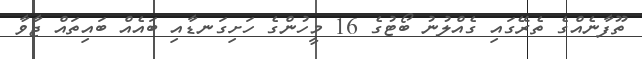
ތޫފާނެއްގެ ތެރޭގައި ގެއްލުނު ބޯޓުގެ 16 މީހުންގެ ހަށިގަނޑާއި ބައެއް ބައިތައް ޖާވާ